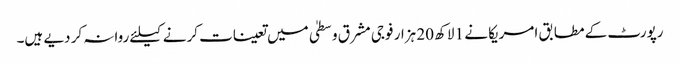
رپورٹ کے مطابق امریکا نے 1 لاکھ 20 ہزار فوجی مشرق وسطیٰ میں تعینات کرنے کیلئے روانہ کر دیے ہیں۔